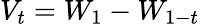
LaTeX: V_{t}=W_{1}-W_{1-t}